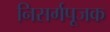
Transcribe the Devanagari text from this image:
निसर्गपूजक